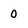
Character: 0